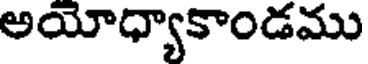
అయోధ్యాకాండము